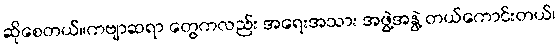
ဆိုစေတယ်။ကဗျာဆရာ တွေကလည်း အရေးအသား အဖွဲ့အနွဲ့ တယ်ကောင်းတယ်၊